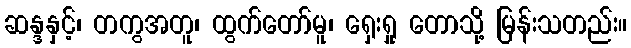
ဆန္ဒနှင့်၊ တကွအတူ၊ ထွက်တော်မူ၊ ရှေးရှု တောသို့ မြန်းသတည်း။